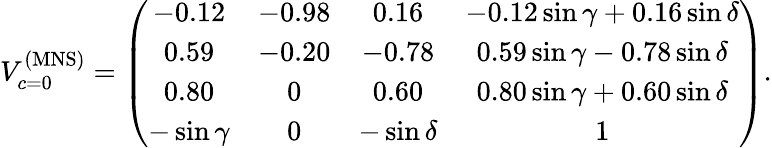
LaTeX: V_{c=0}^{\mathrm{(MNS)}}=\left(\begin{array}{cccc}{{-0.12}}&{{-0.98}}&{{0.16}}&{{-0.12\sin\gamma+0.16\sin\delta}}\\ {{0.59}}&{{-0.20}}&{{-0.78}}&{{0.59\sin\gamma-0.78\sin\delta}}\\ {{0.80}}&{{0}}&{{0.60}}&{{0.80\sin\gamma+0.60\sin\delta}}\\ {{-\sin\gamma}}&{{0}}&{{-\sin\delta}}&{{1}}\end{array}\right).